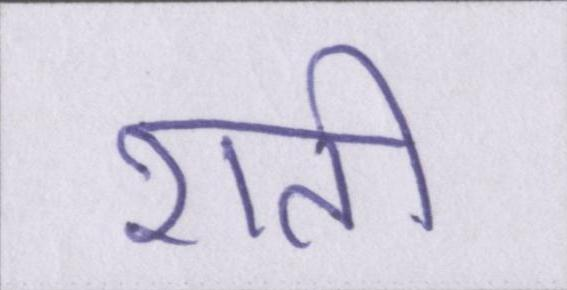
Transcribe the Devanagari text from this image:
शती